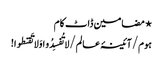
⋆ مضامین ڈاٹ کام
ہوم/آئینۂ عالم/لا تُفسِدُو ا وَلا تَقنطوا!